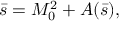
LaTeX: \bar { s } = M _ { 0 } ^ { 2 } + A ( \bar { s } ) ,